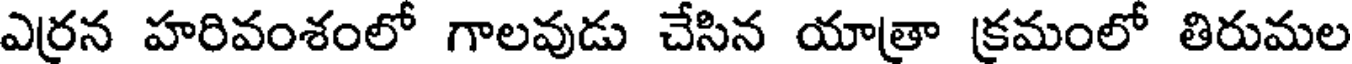
ఎర్రన హరివంశంలో గాలవుడు చేసిన యాత్రా క్రమంలో తిరుమల